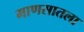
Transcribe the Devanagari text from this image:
माणसातला